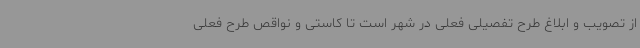
از تصویب و ابلاغ طرح تفصیلی فعلی در شهر است تا کاستی و نواقص طرح فعلی